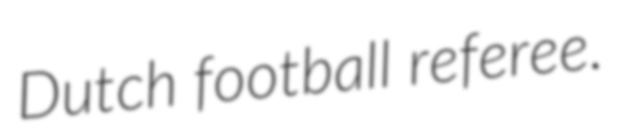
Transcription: Dutch football referee.